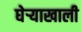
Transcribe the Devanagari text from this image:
घेर्‍याखाली